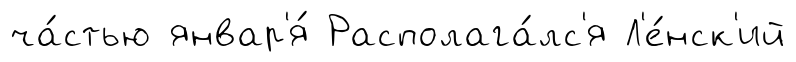
ча́стью январ'я́ Располага́лс'я Л'е́нск'ий